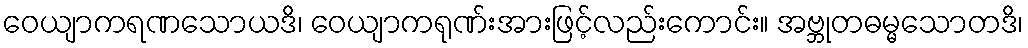
ဝေယျာကရဏသောယဒိ၊ ဝေယျာကရုဏ်းအားဖြင့်လည်းကောင်း။ အဗ္ဘုတဓမ္မသောတဒိ၊